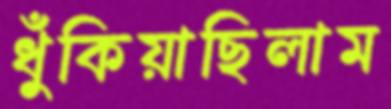
ধুঁকিয়াছিলাম